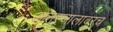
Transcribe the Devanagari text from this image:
आंतरजालावरच